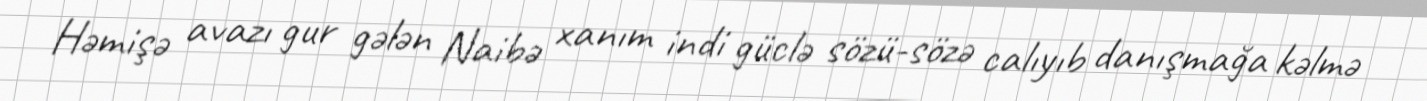
Həmişə avazı gur gələn Naibə xanım indi güclə sözü-sözə calıyıb danışmağa kəlmə